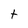
Character: t